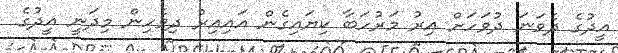
އީދުގެ ދެވަނަ ދުވަހަށް އިރު މަރުހަބާ ކިޔައިގެން އައިއިރު ދިވެހިން މިދަނީ އީދުގެ